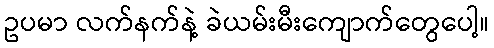
ဥပမာ လက်နက်နဲ့ ခဲယမ်းမီးကျောက်တွေပေါ့။